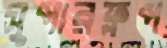
সুপারফ্লপ